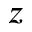
z